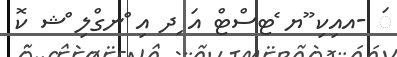
ަ -އއިކި ޫޔ ެޓސްޓް އަ ިދ އި ްނގްލި ްޝ ކޮ